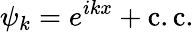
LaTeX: \psi_{k}=e^{ikx}+\mathrm{c.c.}